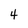
Character: 4